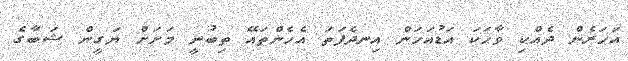
އަހަރެން ދެއްކި ވާހަކަ އަޑުއަހަން އިނދެފަތަ އެހެންތައޭ ތިބުނީ މަށަށް ޔަގީން ޝަބާގެ